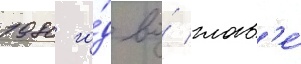
1980 го́д во́ глав'е́